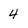
Character: 4